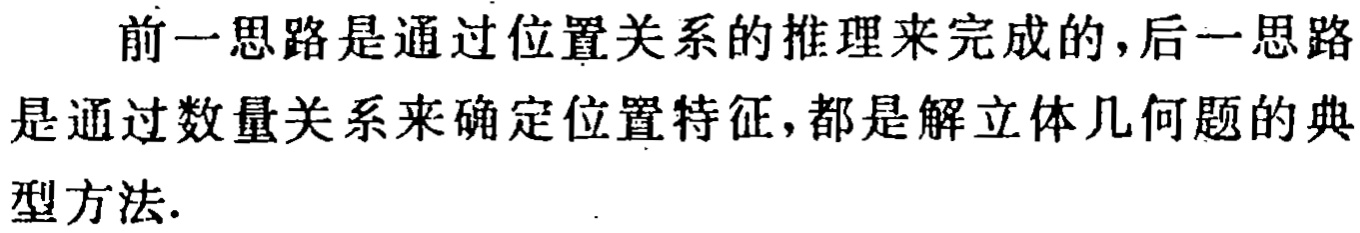
前一思路是通过位置关系的推理来完成的,后一思路是通过数量关系来确定位置特征,都是解立体几何题的典型方法.